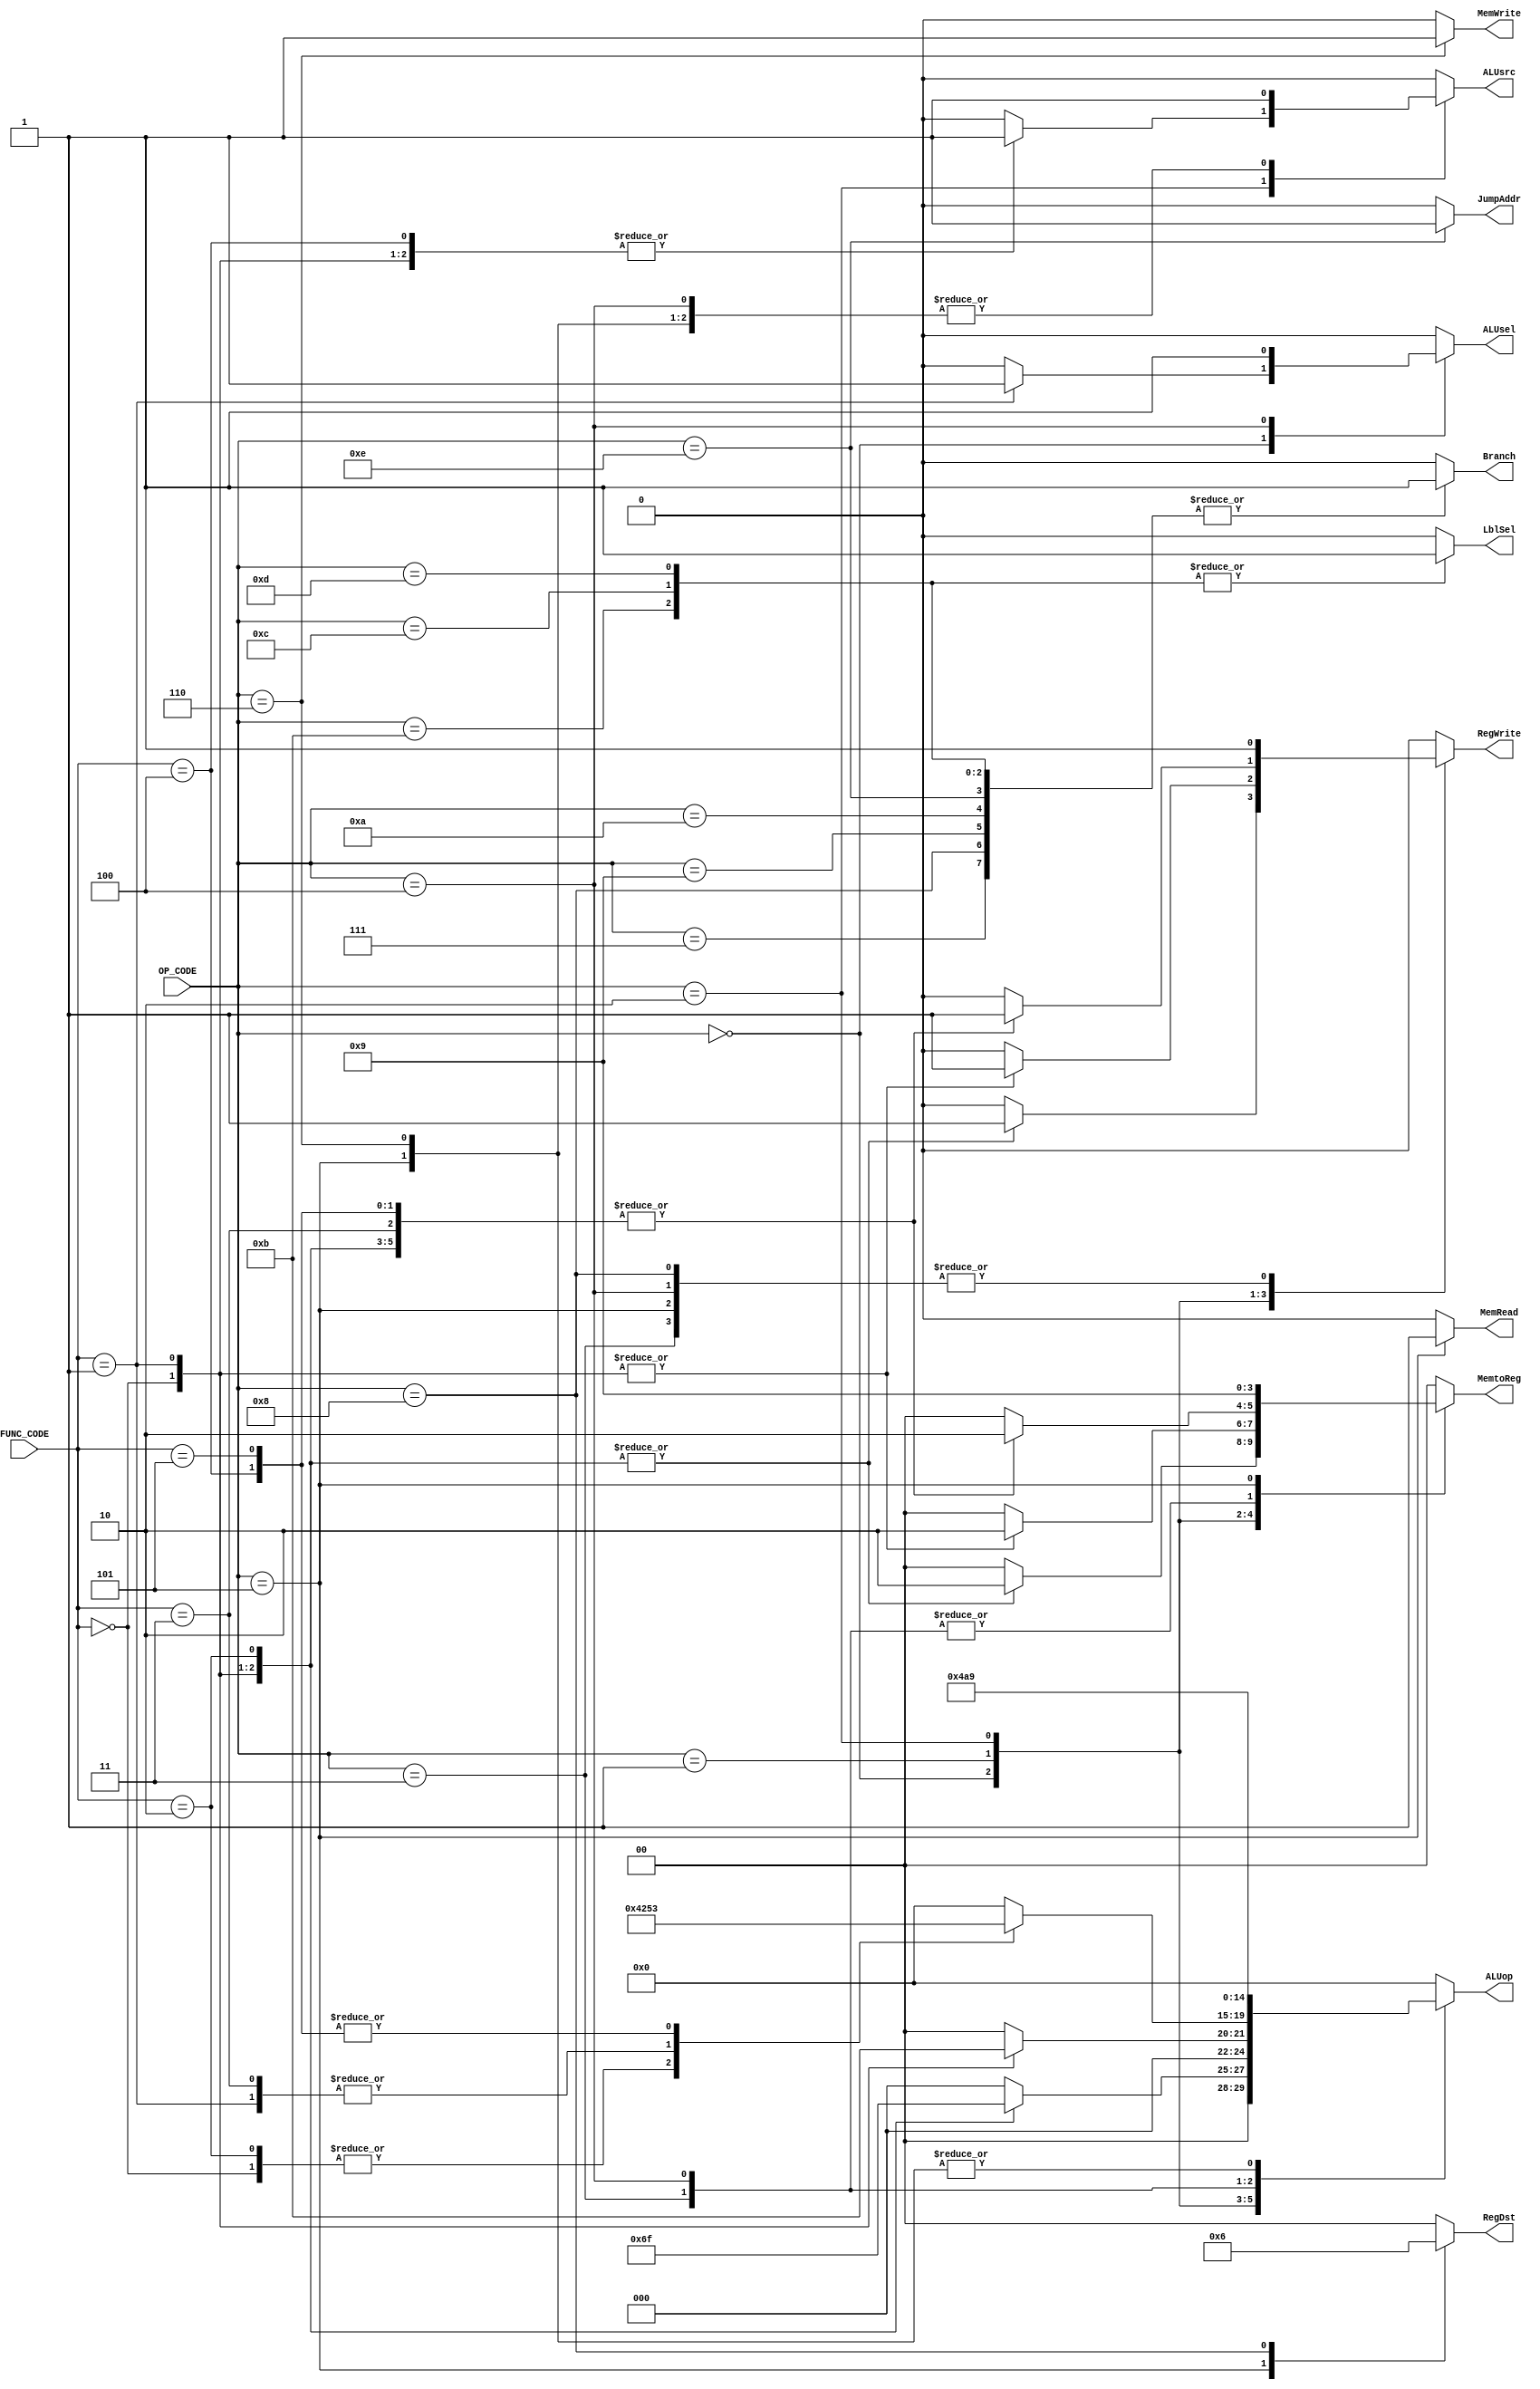
module Control_Unit(
    input [5:0]OP_CODE,
    input [5:0]FUNC_CODE,
    output [1:0]RegDst,
    output RegWrite,
    output MemRead,
    output MemWrite,
    output [1:0]MemtoReg,
    output ALUsrc,
    output [4:0]ALUop,
    output ALUsel,
    output Branch,
    output JumpAddr,
    output LblSel
);
    always @(OP_CODE or FUNC_CODE) begin
        case (OP_CODE)
            6'b000000 : begin
                case (FUNC_CODE)
                    6'b000000 : begin   // ADD
                        RegDst = 2'b00;
                        RegWrite = 1'b1;
                        MemRead = 1'b0;
                        MemWrite = 1'b0;
                        MemtoReg = 2'b10;
                        ALUsrc = 1'b0;
                        ALUop = 5'b00001;
                        ALUsel = 1'b0;
                        Branch = 1'b0;
                        JumpAddr = 1'b0; // Don't Care
                        LblSel = 1'b0; // Don't Care
                    end
                    6'b000001 : begin   // COMP
                        RegDst = 2'b00;
                        RegWrite = 1'b1;
                        MemRead = 1'b0;
                        MemWrite = 1'b0;
                        MemtoReg = 2'b10;
                        ALUsrc = 1'b0;
                        ALUop = 5'b00101;
                        ALUsel = 1'b1;
                        Branch = 1'b0;
                        JumpAddr = 1'b0; // Don't Care
                        LblSel = 1'b0; // Don't Care
                    end
                    6'b00010 : begin    // DIFF
                        RegDst = 2'b00;
                        RegWrite = 1'b1;
                        MemRead = 1'b0;
                        MemWrite = 1'b0;
                        MemtoReg = 2'b10;
                        ALUsrc = 1'b0;
                        ALUop = 5'b00111;
                        ALUsel = 1'b0;
                        Branch = 1'b0;
                        JumpAddr = 1'b0; // Don't Care
                        LblSel = 1'b0; // Don't Care
                    end
                    default : begin
                        RegDst = 2'b00;
                        RegWrite = 1'b0;
                        MemRead = 1'b0;
                        MemWrite = 1'b0;
                        MemtoReg = 2'b00;
                        ALUsrc = 1'b0;
                        ALUop = 5'b00000;
                        ALUsel = 1'b0;
                        Branch = 1'b0;
                        JumpAddr = 1'b0; // Don't Care
                        LblSel = 1'b0; // Don't Care
                    end
                endcase
            end
            6'b000001 : begin
                case(FUNC_CODE)
                    6'b000000 : begin   // XOR
                        RegDst = 2'b00;
                        RegWrite = 1'b1;
                        MemRead = 1'b0;
                        MemWrite = 1'b0;
                        MemtoReg = 2'b10;
                        ALUsrc = 1'b0;
                        ALUop = 5'b00010;
                        ALUsel = 1'b0;
                        Branch = 1'b0;
                        JumpAddr = 1'b0; // Don't Care
                        LblSel = 1'b0; // Don't Care
                    end
                    6'b000001 : begin // AND
                        RegDst = 2'b00;
                        RegWrite = 1'b1;
                        MemRead = 1'b0;
                        MemWrite = 1'b0;
                        MemtoReg = 2'b10;
                        ALUsrc = 1'b0;
                        ALUop = 5'b00011;
                        ALUsel = 1'b0;
                        Branch = 1'b0;
                        JumpAddr = 1'b0; // Don't Care
                        LblSel = 1'b0; // Don't Care
                    end
                    default : begin
                        RegDst = 2'b00;
                        RegWrite = 1'b0;
                        MemRead = 1'b0;
                        MemWrite = 1'b0;
                        MemtoReg = 2'b00;
                        ALUsrc = 1'b0;
                        ALUop = 5'b00000;
                        ALUsel = 1'b0;
                        Branch = 1'b0;
                        JumpAddr = 1'b0; // Don't Care
                        LblSel = 1'b0;// Don't Care
                    end
                endcase
            end
            6'b000010 : begin
                case(FUNC_CODE)
                    6'b000000 : begin   //SHLL
                        RegDst = 2'b00;
                        RegWrite = 1'b1;
                        MemRead = 1'b0;
                        MemWrite = 1'b0;
                        MemtoReg = 2'b10;
                        ALUsrc = 1'b1;
                        ALUop = 5'b10000;
                        ALUsel = 1'b0;
                        Branch = 1'b0;
                        JumpAddr = 1'b0; // Don't Care
                        LblSel = 1'b0;// Don't Care
                    end
                    6'b000001 : begin   //SHRL
                        RegDst = 2'b00;
                        RegWrite = 1'b1;
                        MemRead = 1'b0;
                        MemWrite = 1'b0;
                        MemtoReg = 2'b10;
                        ALUsrc = 1'b1;
                        ALUop = 5'b10010;
                        ALUsel = 1'b0;
                        Branch = 1'b0;
                        JumpAddr = 1'b0; // Don't Care
                        LblSel = 1'b0; // Don't Care
                    end
                    6'b000010 : begin // SHLLV
                        RegDst = 2'b00;
                        RegWrite = 1'b1;
                        MemRead = 1'b0;
                        MemWrite = 1'b0;
                        MemtoReg = 2'b10;
                        ALUsrc = 1'b0;
                        ALUop = 5'b10000;
                        ALUsel = 1'b0;
                        Branch = 1'b0;
                        JumpAddr = 1'b0; // Don't Care
                        LblSel = 1'b0; // Don't Care
                    end
                    6'b000011 : begin // SHRLV
                        RegDst = 2'b00;
                        RegWrite = 1'b1;
                        MemRead = 1'b0;
                        MemWrite = 1'b0;
                        MemtoReg = 2'b10;
                        ALUsrc = 1'b0;
                        ALUop = 5'b10010;
                        ALUsel = 1'b0;
                        Branch = 1'b0;
                        JumpAddr = 1'b0; // Don't Care
                        LblSel = 1'b0; // Don't Care
                    end
                    6'b000100 : begin // SHRA
                        RegDst = 2'b00;
                        RegWrite = 1'b1;
                        MemRead = 1'b0;
                        MemWrite = 1'b0;
                        MemtoReg = 2'b10;
                        ALUsrc = 1'b1;
                        ALUop = 5'b10011;
                        ALUsel = 1'b0;
                        Branch = 1'b0;
                        JumpAddr = 1'b0; // Don't Care
                        LblSel = 1'b0; // Don't Care
                    end
                    6'b000101 : begin // SHRAV
                        RegDst = 2'b00;
                        RegWrite = 1'b1;
                        MemRead = 1'b0;
                        MemWrite = 1'b0;
                        MemtoReg = 2'b10;
                        ALUsrc = 1'b0;
                        ALUop = 5'b10011;
                        ALUsel = 1'b0;
                        Branch = 1'b0;
                        JumpAddr = 1'b0; // Don't Care
                        LblSel = 1'b0; // Don't Care
                    end
                    default : begin 
                        RegDst = 2'b00;
                        RegWrite = 1'b0;
                        MemRead = 1'b0;
                        MemWrite = 1'b0;
                        MemtoReg = 2'b00;
                        ALUsrc = 1'b0;
                        ALUop = 5'b00000;
                        ALUsel = 1'b0;
                        Branch = 1'b0;
                        JumpAddr = 1'b0; // Don't Care
                        LblSel = 1'b0; // Don't Care
                    end
                endcase
            end
            6'b000011 : begin // ADDI
                RegDst = 2'b00;
                RegWrite = 1'b1;
                MemRead = 1'b0;
                MemWrite = 1'b0;
                MemtoReg = 2'b10;
                ALUsrc = 1'b1;
                ALUop = 5'b00001;
                ALUsel = 1'b0;
                Branch = 1'b0;
                JumpAddr = 1'b0; // Don't Care
                LblSel = 1'b0; // Don't Care
            end
            6'b000100 : begin // COMPI
                RegDst = 2'b00;
                RegWrite = 1'b1;
                MemRead = 1'b0;
                MemWrite = 1'b0;
                MemtoReg = 2'b10;
                ALUsrc = 1'b1;
                ALUop = 5'b00101;
                ALUsel = 1'b1;
                Branch = 1'b0;
                JumpAddr = 1'b0; // Don't Care
                LblSel = 1'b0; // Don't Care
            end
            6'b000101 : begin // LW
                RegDst = 2'b01;
                RegWrite = 1'b1;
                MemRead = 1'b1;
                MemWrite = 1'b0;
                MemtoReg = 2'b01;
                ALUsrc = 1'b1;
                ALUop = 5'b01001;
                ALUsel = 1'b0;
                Branch = 1'b0;
                JumpAddr = 1'b0; // Don't Care
                LblSel = 1'b0; // Don't Care
            end
            6'b000110 : begin // SW
                RegDst = 2'b00; // Don't Care
                RegWrite = 1'b0;
                MemRead = 1'b0;
                MemWrite = 1'b1;
                MemtoReg = 2'b00; // Don't Care
                ALUsrc = 1'b1;
                ALUop = 5'b01001;
                ALUsel = 1'b0;
                Branch = 1'b0;
                JumpAddr = 1'b0; // Don't Care
                LblSel = 1'b0;// Don't Care
            end
            6'b000111 : begin // B
                RegDst = 2'b00; // Don't Care
                RegWrite = 1'b0;
                MemRead = 1'b0;
                MemWrite = 1'b0;
                MemtoReg = 2'b00; // Don't Care
                ALUsrc = 1'b0;    // Don't Care
                ALUop = 5'b00000;
                ALUsel = 1'b0;   // Don't Care
                Branch = 1'b1;
                JumpAddr = 1'b0; 
                LblSel = 1'b0; 
            end
            6'b001000 : begin // BL
                RegDst = 2'b10; 
                RegWrite = 1'b1;
                MemRead = 1'b0;
                MemWrite = 1'b0;
                MemtoReg = 2'b00; 
                ALUsrc = 1'b0;    // Don't Care
                ALUop = 5'b00000;
                ALUsel = 1'b0;   // Don't Care
                Branch = 1'b1;
                JumpAddr = 1'b0; 
                LblSel = 1'b0; 
            end
            6'b001001 : begin // BCY
                RegDst = 2'b00; // Don't Care 
                RegWrite = 1'b0;
                MemRead = 1'b0;
                MemWrite = 1'b0;
                MemtoReg = 2'b00; // Don't Care
                ALUsrc = 1'b0;    // Don't Care
                ALUop = 5'b00000;
                ALUsel = 1'b0;   // Don't Care
                Branch = 1'b1;
                JumpAddr = 1'b0; 
                LblSel = 1'b0; 
            end
            6'b001010 : begin // BNCY
                RegDst = 2'b00; // Don't Care 
                RegWrite = 1'b0;
                MemRead = 1'b0;
                MemWrite = 1'b0;
                MemtoReg = 2'b00; // Don't Care
                ALUsrc = 1'b0;    // Don't Care
                ALUop = 5'b00000;
                ALUsel = 1'b0;   // Don't Care
                Branch = 1'b1;
                JumpAddr = 1'b0; 
                LblSel = 1'b0; 
            end
            6'b001011 : begin // BLTZ
                RegDst = 2'b00;// Don't Care 
                RegWrite = 1'b0;
                MemRead = 1'b0;
                MemWrite = 1'b0;
                MemtoReg = 2'b00; // Don't Care
                ALUsrc = 1'b0;    // Don't Care
                ALUop = 5'b00000;
                ALUsel = 1'b0;   
                Branch = 1'b1;
                JumpAddr = 1'b0; 
                LblSel = 1'b1;
            end
            6'b001100 : begin // BZ
                RegDst = 2'b00; // Don't Care 
                RegWrite = 1'b0;
                MemRead = 1'b0;
                MemWrite = 1'b0;
                MemtoReg = 2'b00; // Don't Care
                ALUsrc = 1'b0;    // Don't Care
                ALUop = 5'b00000;
                ALUsel = 1'b0;   
                Branch = 1'b1;
                JumpAddr = 1'b0; 
                LblSel = 1'b1;
            end
            6'b001101 : begin // BNZ
                RegDst = 2'b00; // Don't Care 
                RegWrite = 1'b0;
                MemRead = 1'b0;
                MemWrite = 1'b0;
                MemtoReg = 2'b00; // Don't Care
                ALUsrc = 1'b0;    // Don't Care
                ALUop = 5'b00000;
                ALUsel = 1'b0;   
                Branch = 1'b1;
                JumpAddr = 1'b0; 
                LblSel = 1'b1;
            end
            6'b001110 : begin // BR
                RegDst = 2'b00; // Don't Care 
                RegWrite = 1'b0;
                MemRead = 1'b0;
                MemWrite = 1'b0;
                MemtoReg = 2'b00; // Don't Care
                ALUsrc = 1'b0;    // Don't Care
                ALUop = 5'b00000;
                ALUsel = 1'b0;   // Don't Care 
                Branch = 1'b1;   
                JumpAddr = 1'b1;
                LblSel = 1'b0;   // Don't Care
            end
            default : begin 
                RegDst = 2'b00;  
                RegWrite = 1'b0;
                MemRead = 1'b0;
                MemWrite = 1'b0;
                MemtoReg = 2'b00; 
                ALUsrc = 1'b0;    
                ALUop = 5'b00000;
                ALUsel = 1'b0;    
                Branch = 1'b0;  
                JumpAddr = 1'b0;
                LblSel = 1'b0 ;  
            end
        endcase
    end

endmodule